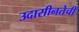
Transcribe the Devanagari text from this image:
उदासीनतेची